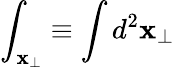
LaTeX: \int_{\mathbf{x}_{\perp}}\equiv\int d^{2}\mathbf{x}_{\perp}